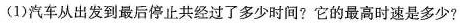
(1) 汽车从出发到最后停止共经过了多少时间? 它的最高时速是多少?